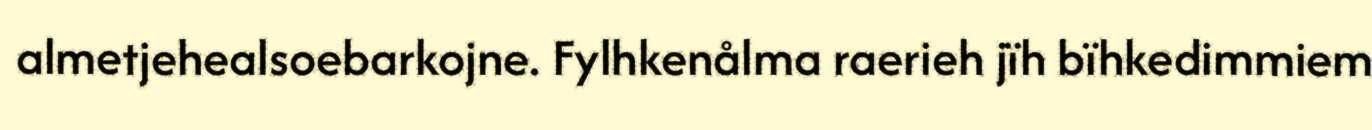
almetjehealsoebarkojne. Fylhkenålma raerieh jïh bïhkedimmiem